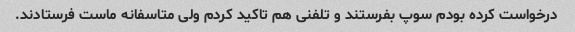
درخواست کرده بودم سوپ بفرستند و تلفنی هم تاکید کردم ولی متاسفانه ماست فرستادند.